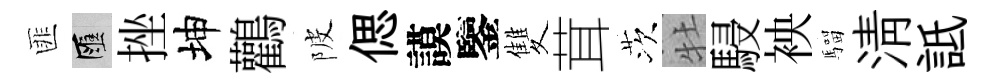
匪匯挫坤鸛陂偲謨鑒雙茸茨牡駸䘧騮淸詆